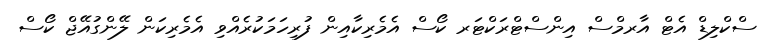
ސްކްލިޑް އެޓް އާރމްސް އިންސްޓްރަކްޓަރ ކޯސް އެމެރިކާއިން ފުރިހަމަކުރެއްވި އެމެރިކަން ލޭންގުއޭޖް ކޯސް